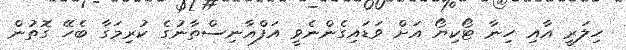
ހިލަރީ އާއި ހިނާ ޓޯކިޔޯ އަށް ވަޑައިގެންނެވީ އަފްޣާނިސްތާނުގެ ކުރިމަގާ ބެހޭ ގޮތުން